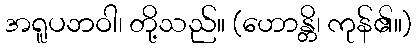
အရူပဘဝါ၊ တို့သည်။ (ဟောန္တိ၊ ကုန်၏။)